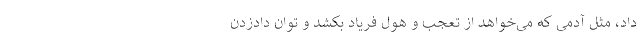
داد، مثل آدمی که می‌خواهد از تعجب و هول فریاد بکشد و توان داد‌زدن